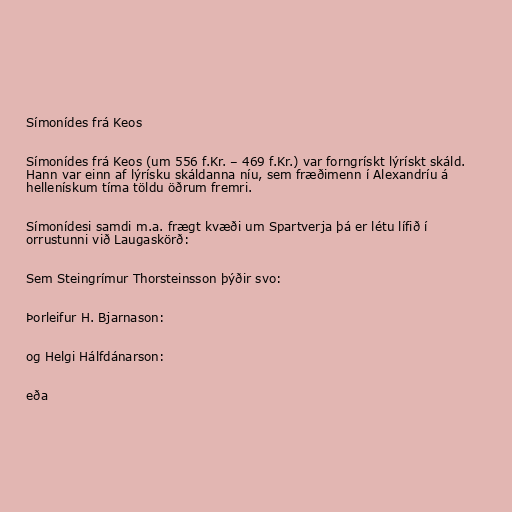
Símonídes frá Keos

Símonídes frá Keos (um 556 f.Kr. – 469 f.Kr.) var forngrískt lýrískt skáld.
Hann var einn af lýrísku skáldanna níu, sem fræðimenn í Alexandríu á
hellenískum tíma töldu öðrum fremri.

Símonídesi samdi m.a. frægt kvæði um Spartverja þá er létu lífið í
orrustunni við Laugaskörð:

Sem Steingrímur Thorsteinsson þýðir svo:

Þorleifur H. Bjarnason:

og Helgi Hálfdánarson:

eða